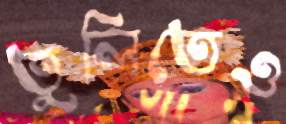
তুলিতেও